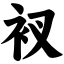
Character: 衩